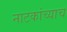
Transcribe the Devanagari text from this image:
नाटकांच्याच